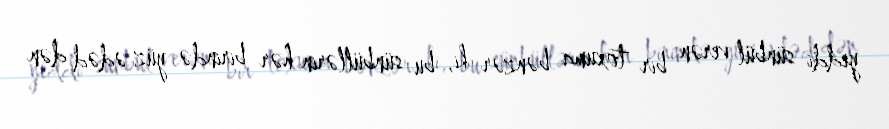
yeddi sünbül verən bir toxuma bənzər ki, bu sünbüllərin hər birində yüz ədəd dən